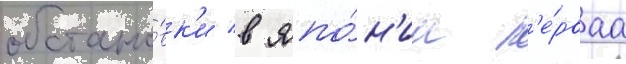
обстано́вк'и в япо́н'ии п'е́рваа